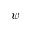
\psi